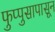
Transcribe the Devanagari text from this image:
फुप्पुसापासून